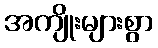
အကျိုးများစွာ